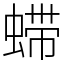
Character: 䗖